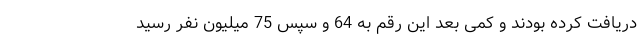
دریافت کرده بودند و کمی بعد این رقم به 64 و سپس 75 میلیون نفر رسید